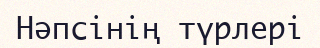
Нәпсінің түрлері